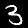
Digit: 3